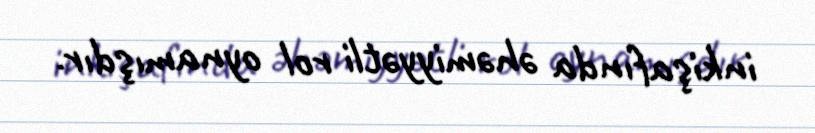
inkişafında əhəmiyyətli rol oynamışdır.